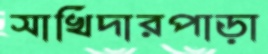
সাখিদারপাড়া